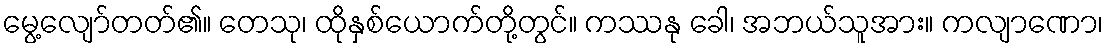
မွေ့လျော်တတ်၏။ တေသု၊ ထိုနှစ်ယောက်တို့တွင်။ ကဿနု ခေါ၊ အဘယ်သူအား။ ကလျာဏော၊